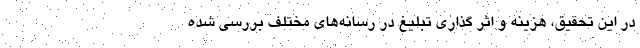
در این تحقیق، هزینه و اثر گذاری تبلیغ در رسانه‌های مختلف بررسی شده